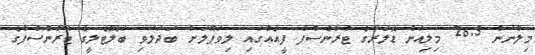
މިލާނުން 26.5 މިލިއަން ޑޮލަރުގެ ޓްރާންސްފާ ފީއެއްގައި ލިވަޕޫލަށް ބަދަލުވި ބަލޮޓެލީގެ ޓްރާންސްފާގެ